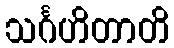
သင်္ဂဟိတာတိ